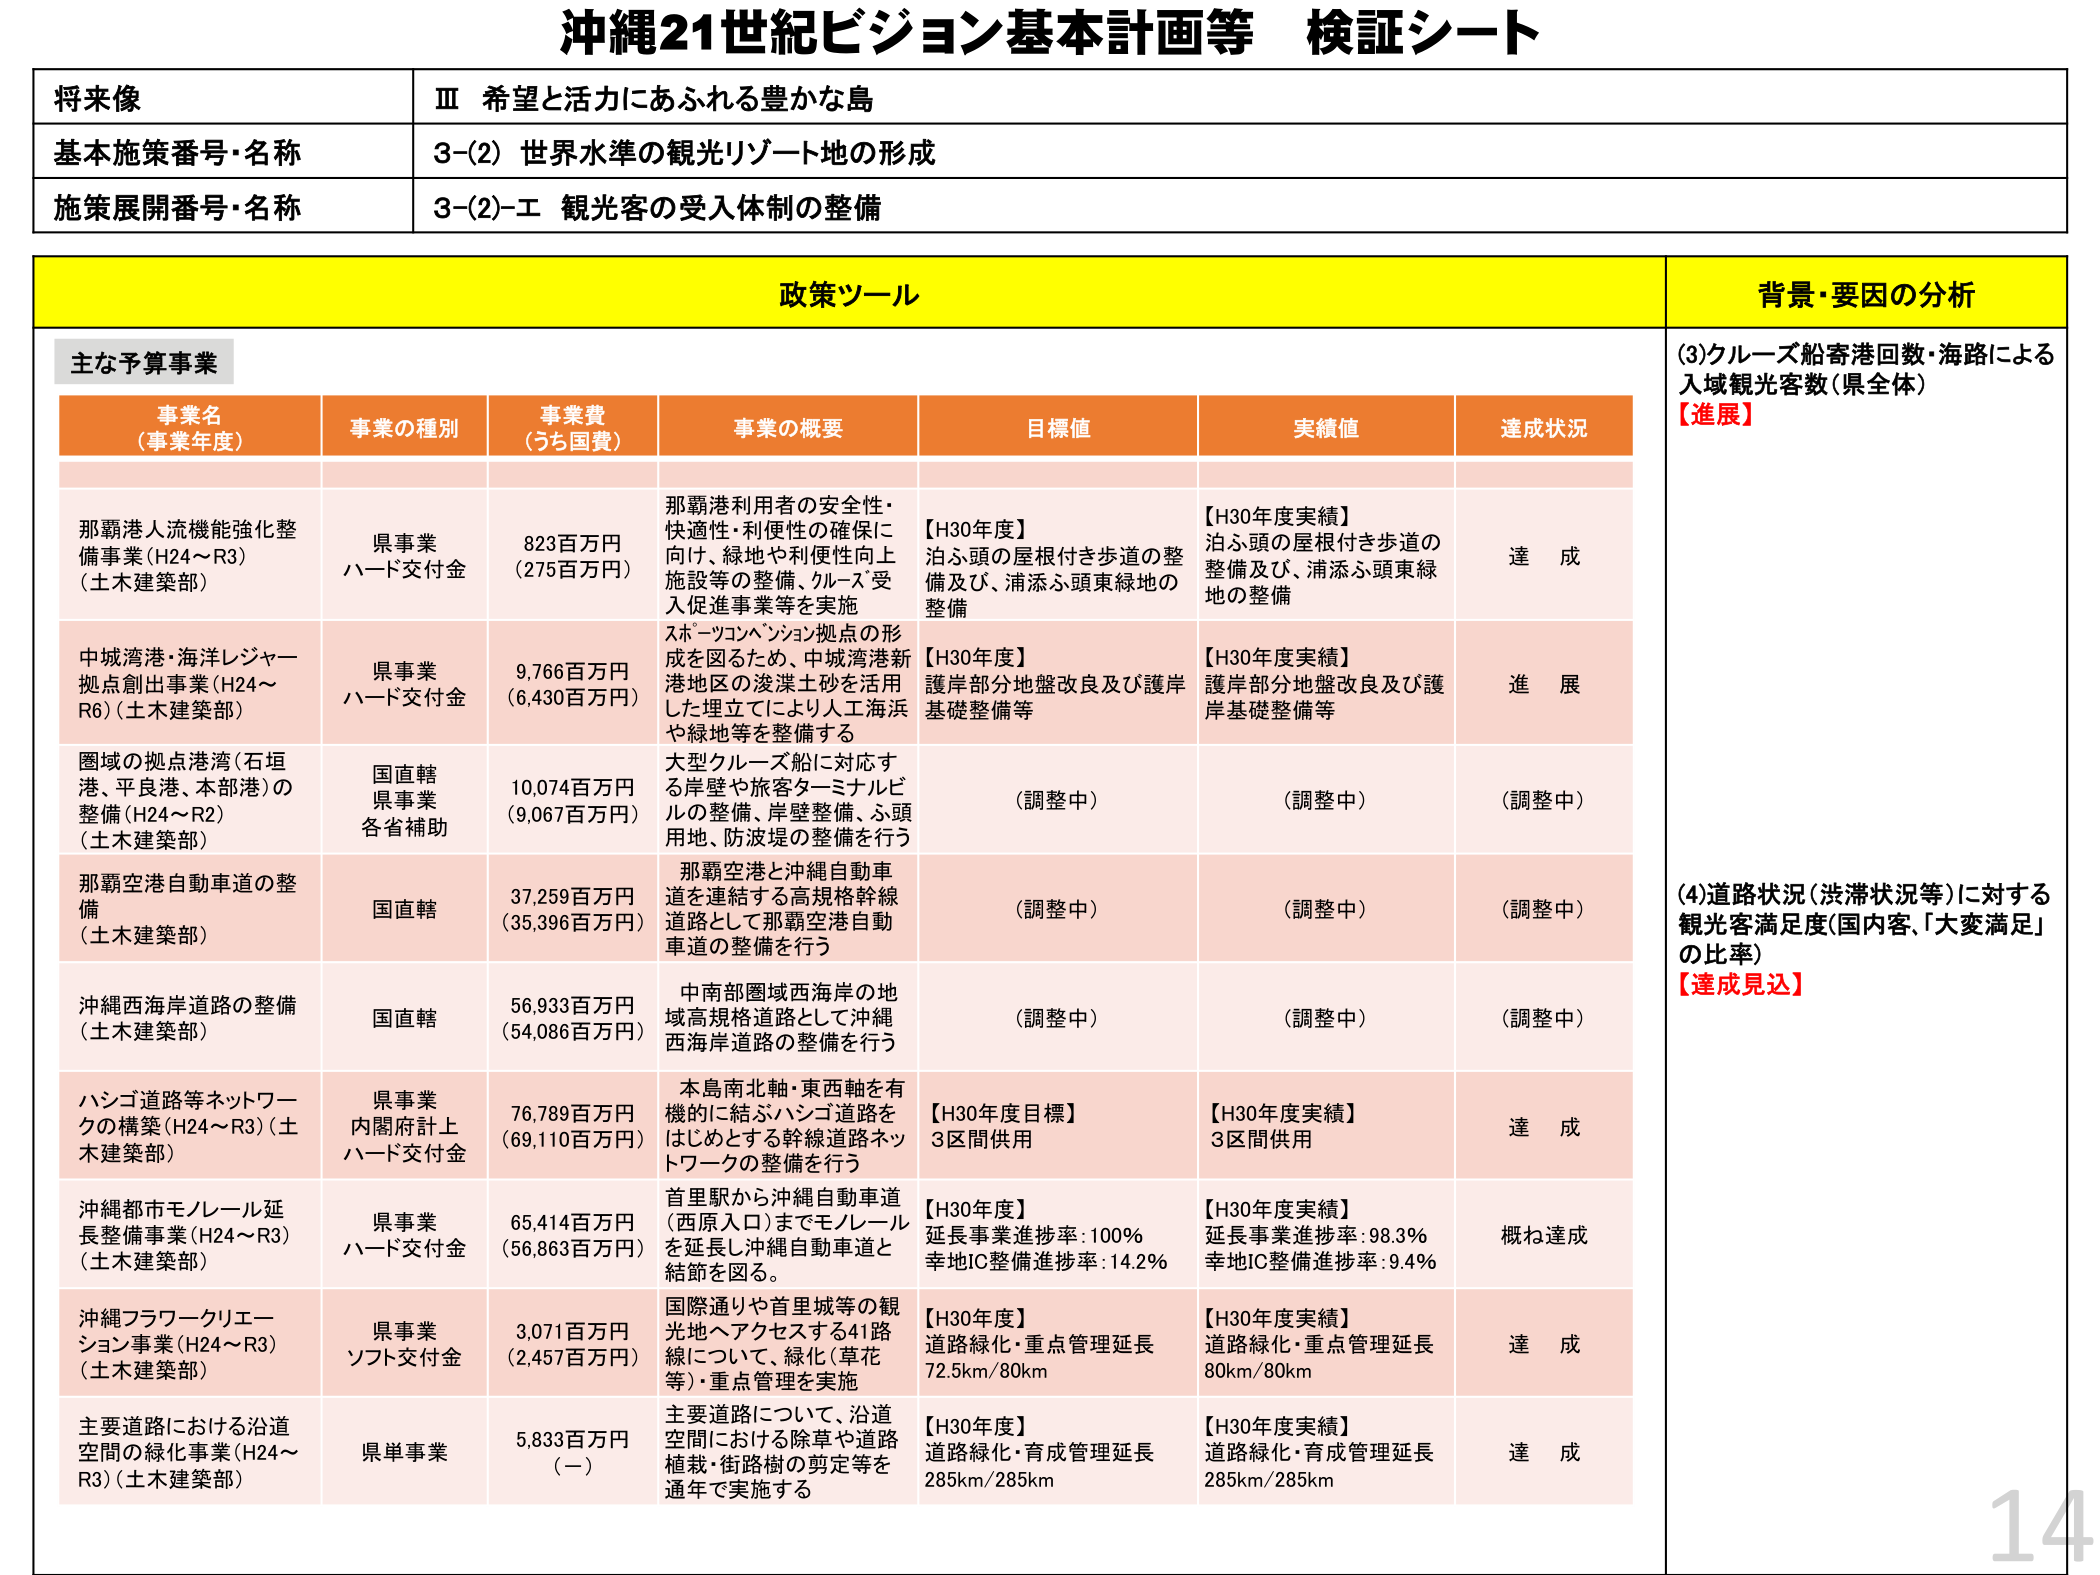
沖縄21世紀ビジョン基本計画等 検証シート

将来像
Ⅲ 希望と活力にあふれる豊かな島

基本施策番号・名称
3-(2) 世界水準の観光リゾート地の形成

施策展開番号・名称
3-(2)-エ 観光客の受入体制の整備

政策ツール
背景・要因の分析

主な予算事業

事業名（事業年度）
事業の種別
事業費（うち国費）
事業の概要
目標値
実績値
達成状況

那覇港人流機能強化整備事業（H24～R3）（土木建築部）
県事業 ハード交付金
823百万円（275百万円）
那覇港利用者の安全性・快適性・利便性の確保に向け、緑地や利便性向上施設等の整備、クルーズ受入促進事業等を実施
【H30年度】泊ふ頭の屋根付き歩道の整備及び、浦添ふ頭東緑地の整備
【H30年度実績】泊ふ頭の屋根付き歩道の整備及び、浦添ふ頭東緑地の整備
達成

中城湾港・海洋レジャー拠点創出事業（H24～R6）（土木建築部）
県事業 ハード交付金
9,766百万円（6,430百万円）
スポーツコンベンション拠点の形成を図るため、中城湾港新港地区の浚渫土砂を活用した埋立てにより人工海浜や緑地等を整備する
【H30年度】護岸部分地盤改良及び護岸基礎整備等
【H30年度実績】護岸部分地盤改良及び護岸基礎整備等
進展

圏域の拠点港湾（石垣港、平良港、本部港）の整備（H24～R2）（土木建築部）
国直轄 県事業 各省補助
10,074百万円（9,067百万円）
大型クルーズ船に対応する岸壁や旅客ターミナルビルの整備、岸壁整備、ふ頭用地、防波堤の整備を行う
（調整中）
（調整中）
（調整中）

那覇空港自動車道の整備（土木建築部）
国直轄
37,259百万円（35,396百万円）
那覇空港と沖縄自動車道を連結する高規格幹線道路として那覇空港自動車道の整備を行う
（調整中）
（調整中）
（調整中）

沖縄西海岸道路の整備（土木建築部）
国直轄
56,933百万円（54,086百万円）
中南部圏域西海岸の地域高規格道路として沖縄西海岸道路の整備を行う
（調整中）
（調整中）
（調整中）

ハシゴ道路等ネットワークの構築（H24～R3）（土木建築部）
県事業 内閣府計上 ハード交付金
76,789百万円（69,110百万円）
本島南北軸・東西軸を有機的に結ぶハシゴ道路をはじめとする幹線道路ネットワークの整備を行う
【H30年度目標】3区間供用
【H30年度実績】3区間供用
達成

沖縄都市モノレール延長整備事業（H24～R3）（土木建築部）
県事業 ハード交付金
65,414百万円（56,863百万円）
首里駅から沖縄自動車道（西原入口）までモノレールを延長し沖縄自動車道と結節を図る。
【H30年度】延長事業進捗率：100％ 幸地IC整備進捗率：14.2％
【H30年度実績】延長事業進捗率：98.3％ 幸地IC整備進捗率：9.4％
概ね達成

沖縄フラワーキュレーション事業（H24～R3）（土木建築部）
県事業 ソフト交付金
3,071百万円（2,457百万円）
国際通りや首里城等の観光地へアクセスする41路線について、緑化（草花等）・重点管理を実施
【H30年度】道路緑化・重点管理延長 72.5km/80km
【H30年度実績】道路緑化・重点管理延長 80km/80km
達成

主要道路における沿道空間の緑化事業（H24～R3）（土木建築部）
県単事業
5,833百万円（－）
主要道路について、沿道空間における除草や道路植栽・街路樹の剪定等を通年で実施する
【H30年度】道路緑化・育成管理延長 285km/285km
【H30年度実績】道路緑化・育成管理延長 285km/285km
達成

(3)クルーズ船寄港回数・海路による入域観光客数（県全体）
【進展】

(4)道路状況（渋滞状況等）に対する観光客満足度（国内客、「大変満足」の比率）
【達成見込】

14